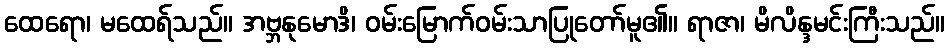
ထေရော၊ မထေရ်သည်။ အဗ္ဘနုမောဒိ၊ ဝမ်းမြောက်ဝမ်းသာပြုတော်မူ၏။ ရာဇာ၊ မိလိန္ဒမင်းကြီးသည်။